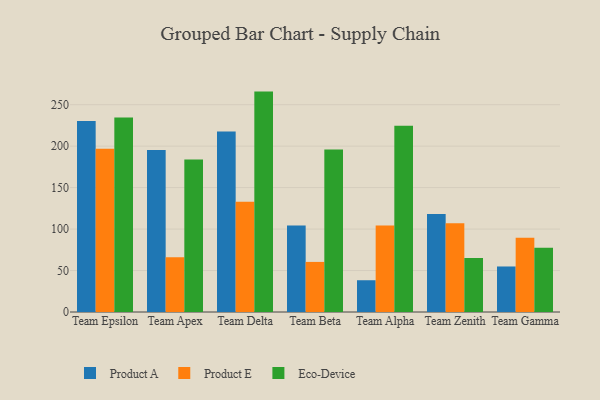
{"axis": {"x": "Team", "y": "Backlog"}, "legend": ["Eco-Device", "Product A", "Product E"], "data": [{"x": "Team Epsilon", "y": 230.2, "type": "Product A"}, {"x": "Team Epsilon", "y": 196.8, "type": "Product E"}, {"x": "Team Epsilon", "y": 234.7, "type": "Eco-Device"}, {"x": "Team Apex", "y": 195.3, "type": "Product A"}, {"x": "Team Apex", "y": 66.1, "type": "Product E"}, {"x": "Team Apex", "y": 184.0, "type": "Eco-Device"}, {"x": "Team Delta", "y": 217.7, "type": "Product A"}, {"x": "Team Delta", "y": 133.1, "type": "Product E"}, {"x": "Team Delta", "y": 265.8, "type": "Eco-Device"}, {"x": "Team Beta", "y": 104.2, "type": "Product A"}, {"x": "Team Beta", "y": 60.4, "type": "Product E"}, {"x": "Team Beta", "y": 196.1, "type": "Eco-Device"}, {"x": "Team Alpha", "y": 38.3, "type": "Product A"}, {"x": "Team Alpha", "y": 104.4, "type": "Product E"}, {"x": "Team Alpha", "y": 224.6, "type": "Eco-Device"}, {"x": "Team Zenith", "y": 118.3, "type": "Product A"}, {"x": "Team Zenith", "y": 106.9, "type": "Product E"}, {"x": "Team Zenith", "y": 65.2, "type": "Eco-Device"}, {"x": "Team Gamma", "y": 54.9, "type": "Product A"}, {"x": "Team Gamma", "y": 89.6, "type": "Product E"}, {"x": "Team Gamma", "y": 77.5, "type": "Eco-Device"}]}